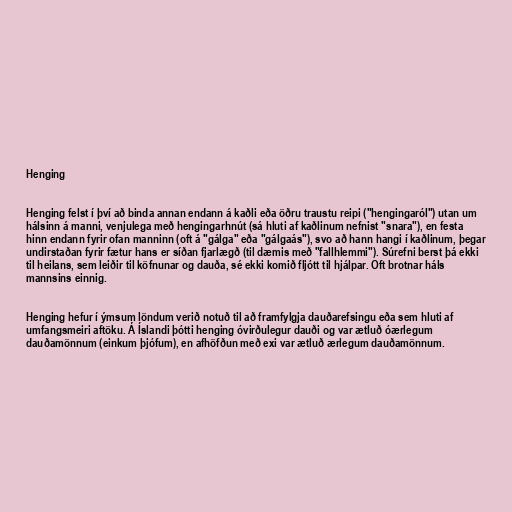
Henging

Henging felst í því að binda annan endann á kaðli eða öðru traustu reipi ("hengingaról") utan um
hálsinn á manni, venjulega með hengingarhnút (sá hluti af kaðlinum nefnist "snara"), en festa
hinn endann fyrir ofan manninn (oft á "gálga" eða "gálgaás"), svo að hann hangi í kaðlinum, þegar
undirstaðan fyrir fætur hans er síðan fjarlægð (til dæmis með "fallhlemmi"). Súrefni berst þá ekki
til heilans, sem leiðir til köfnunar og dauða, sé ekki komið fljótt til hjálpar. Oft brotnar háls
mannsins einnig.

Henging hefur í ýmsum löndum verið notuð til að framfylgja dauðarefsingu eða sem hluti af
umfangsmeiri aftöku. Á Íslandi þótti henging óvirðulegur dauði og var ætluð óærlegum
dauðamönnum (einkum þjófum), en afhöfðun með exi var ætluð ærlegum dauðamönnum.